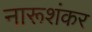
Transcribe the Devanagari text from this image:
नारूशंकर